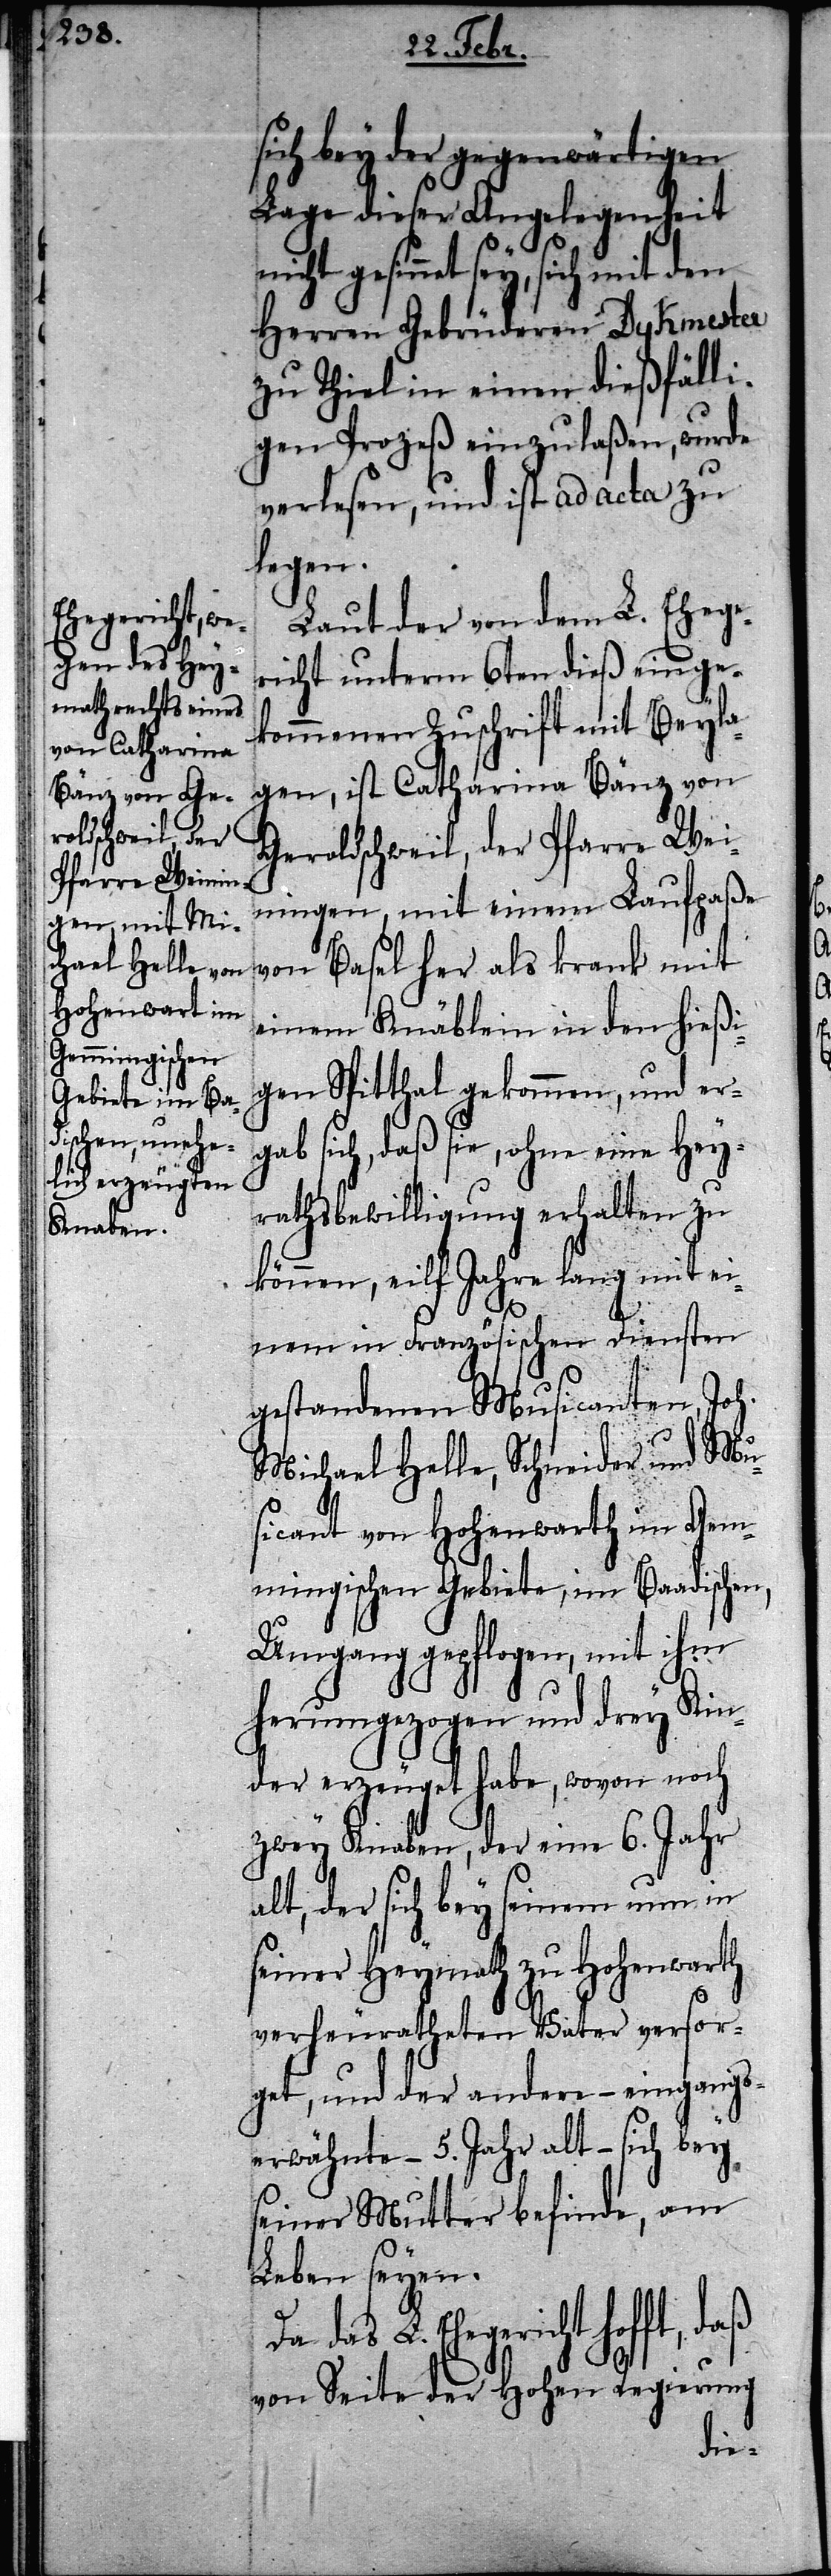
sich bey der gegenwärtigen
Lage dieser Angelegenheit
gesinnet sey, sich mit den
Herren Gebrüderen Dykmester
zu Thiel in einen dießfälli¬
gen Prozeß einzulaßen, wurde
verlesen, und ist ad acta zu
legen.
Laut der von dem L. Ehege¬
richt unterm 6ten dieß einge¬
kommenen Zuschrift mit Beyla¬
gen, ist Catharina Bänz von
Geroldschweil, der Pfarre Wei¬
ningen, mit einem Laufpaße
von Basel her als krank mit
einem Knäblein in den hießi¬
gen Spitthal gekommen, und er¬
gab sich, daß sie, ohne eine Hey¬
rathsbewilligung erhalten zu
können, eilf Jahre lang mit ei¬
nem in Französischen Diensten
gestandenen Musicanten, Joh.
Michael Helle, Schneider und Mu¬
sicant von Hohenwarth im Gem¬
mingischen Gebiete, im Baadischen,
Umgang gepflogen, mit ihm
herumgezogen und drey Kin¬
der erzeuget habe, wovon noch
zwey Knaben, der eine 6. Jahr
alt, der sich bey seinem nun in
seiner Heymath zu Hohenwarth
verheuratheten Vater versor¬
get, und der andere – eingangs¬
erwähnte – 5. Jahr alt – sich bey
seiner Mutter befinde, am
Leben seyen.
das L. Ehegericht hofft, daß
von Seite der Hohen Regierung